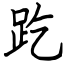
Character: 趷